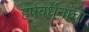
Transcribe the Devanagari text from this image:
हर्षवर्धनांचा